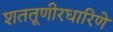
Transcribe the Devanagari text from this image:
शततूणीरधारिणे